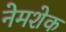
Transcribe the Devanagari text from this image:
नेमशेक